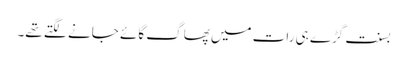
بسنت گڑے ہی رات میں پھاگ گائے جانے لگتے تھے۔